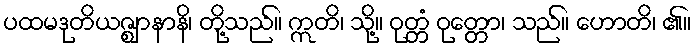
ပထမဒုတိယဇ္ဈာနာနိ၊ တို့သည်။ ဣတိ၊ သို့။ ဝုတ္တံ ဝုတ္တော၊ သည်။ ဟောတိ၊ ၏။